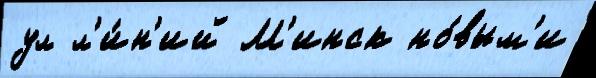
ул л'и́н'ий М'инск но́вым'и